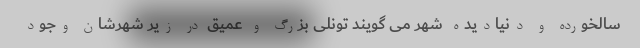
سالخورده و دنیادیده شهر می گویند تونلی بزرگ و عمیق در زیر شهرشان وجود